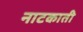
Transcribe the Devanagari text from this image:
नाटकाती